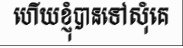
ហើយខ្ញុំបានទៅសុំគេ